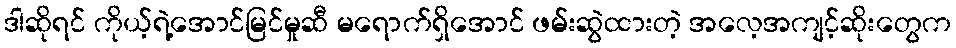
ဒါဆိုရင် ကိုယ့်ရဲ့အောင်မြင်မှုဆီ မရောက်ရှိအောင် ဖမ်းဆွဲထားတဲ့ အလေ့အကျင့်ဆိုးတွေက